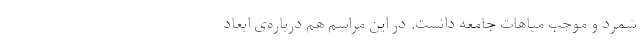
شمرد و موجبِ مباهاتِ جامعه دانست. در این مراسم هم درباره‌ی ابعادِ